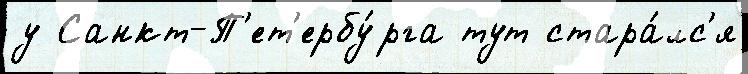
у Санкт-П'ет'ербу́рга тут стара́лс'я